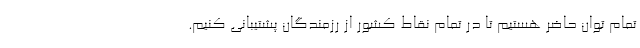
تمام توان حاضر هستیم تا در تمام نقاط کشور از رزمندگان پشتیبانی کنیم.